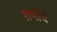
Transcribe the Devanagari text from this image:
शमीचे